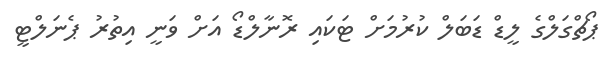
ޕޯޗްގަލްގެ ލީޑް ޑަބަލް ކުރުމަށް ޓަކައި ރޮނާލްޑޯ އަށް ވަނީ އިތުރު ޕެނަލްޓީ